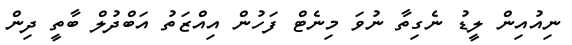
ނިއުއިން ލީޑު ނެގިތާ ނުވަ މިނެޓް ފަހުން އިއްޒަތު އަބްދުލް ބާތީ ދިން